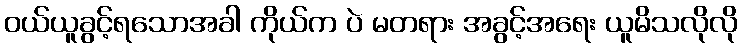
ဝယ်ယူခွင့်ရသောအခါ ကိုယ်က ပဲ မတရား အခွင့်အရေး ယူမိသလိုလို